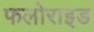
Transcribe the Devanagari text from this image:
फलोराइड